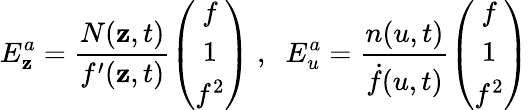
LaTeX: E_{\mathbf{z}}^{a}=\frac{{N(\mathbf{z},t)}}{{f^{\prime}(\mathbf{z},t)}}\left(\begin{array}{c}{{f}}\\ {{1}}\\ {{f^{2}}}\end{array}\right)\; ,\; \; E_{u}^{a}=\frac{{n(u,t)}}{{\dot{{f}}(u,t)}}\left(\begin{array}{c}{{f}}\\ {{1}}\\ {{f^{2}}}\end{array}\right)